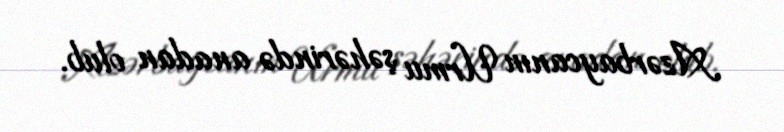
Azərbaycanın Urmu şəhərində anadan olub.